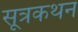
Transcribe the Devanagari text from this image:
सूत्रकथन